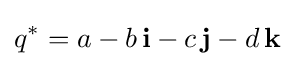
q^{*}=a-b\,\mathbf {i} -c\,\mathbf {j} -d\,\mathbf {k}